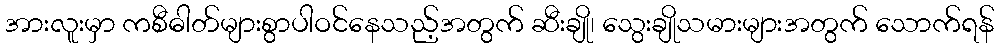
အားလူးမှာ ကစီဓါတ်များစွာပါဝင်နေသည့်အတွက် ဆီးချို၊ သွေးချိုသမားများအတွက် သောက်ရန်